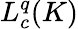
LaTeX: L_{c}^{q}(K)